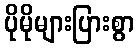
ပိုမိုများပြားစွာ